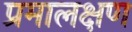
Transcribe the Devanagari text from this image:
प्रमालक्षण